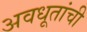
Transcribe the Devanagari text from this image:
अवधूतांची